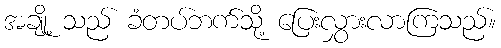
အချို့ သည် ခံတပ်ဘက်သို့ ပြေးလွှားလာကြသည်။